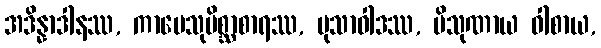
အဒိန္နာဒါနဿ, ကာမေသုမိစ္ဆာစာရဿ, မုသာဝါဒဿ, ပိသုဏာယ ဝါစာယ,